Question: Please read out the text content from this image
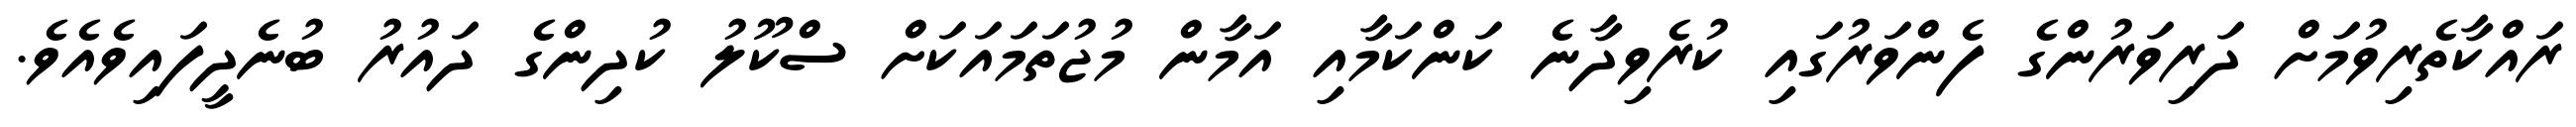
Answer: ރައްކާތެރިވުމަށް ދަރިވަރުންގެ ފެންވަރުގައި ކުރެވިދާނެ ކަންކަމާއި އަމާން މުޖުތަމައަކަށް ސްކޫލު ކުދިންގެ ދައުރު ބުނެދީފައިވެއެވެ.